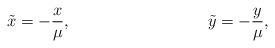
LaTeX: \begin{align*}\tilde{x} &= -\frac{x}{\mu}, &\tilde{y} &= -\frac{y}{\mu},\end{align*}